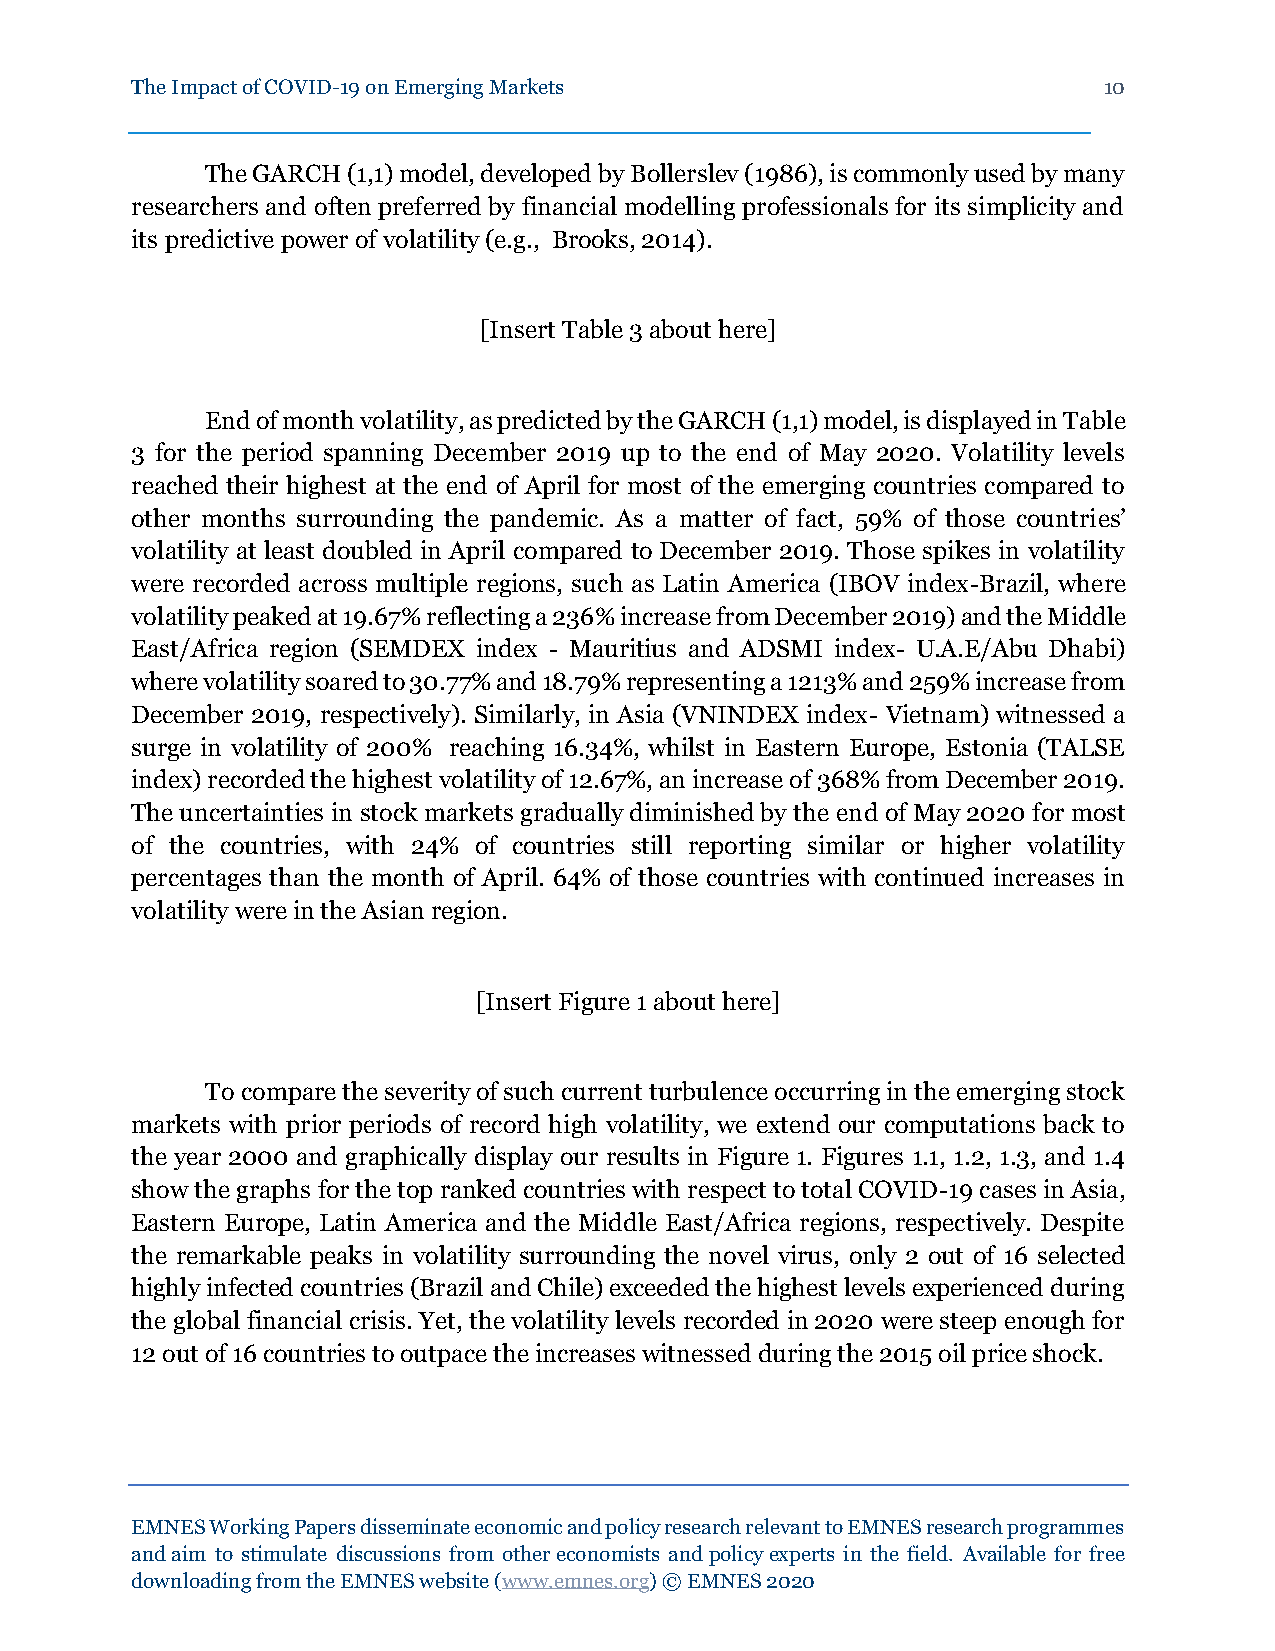
The Impact of COVID-19 on Emerging Markets                      10
 The GARCH (1,1) model, developed by Bollerslev (1986), is commonly used by many
 researchers and often preferred by financial modelling professionals for its simplicity and
 its predictive power of volatility (e.g., Brooks, 2014).
 [Insert Table 3 about here]
 End of month volatility, as predicted by the GARCH (1,1) model, is displayed in Table
 3 for the period spanning December 2019 up to the end of May 2020. Volatility levels
 reached their highest at the end of April for most of the emerging countries compared to
 other months surrounding the pandemic. As a matter of fact, 59% of those countries’
 volatility at least doubled in April compared to December 2019. Those spikes in volatility
 were recorded across multiple regions, such as Latin America (IBOV index-Brazil, where
 volatility peaked at 19.67% reflecting a 236% increase from December 2019) and the Middle
 East/Africa region (SEMDEX index - Mauritius and ADSMI index- U.A.E/Abu Dhabi)
 where volatility soared to 30.77% and 18.79% representing a 1213% and 259% increase from
 December 2019, respectively). Similarly, in Asia (VNINDEX index- Vietnam) witnessed a
 surge in volatility of 200% reaching 16.34%, whilst in Eastern Europe, Estonia (TALSE
 index) recorded the highest volatility of 12.67%, an increase of 368% from December 2019.
 The uncertainties in stock markets gradually diminished by the end of May 2020 for most
 of the countries, with 24% of countries still reporting similar or higher volatility
 percentages than the month of April. 64% of those countries with continued increases in
 volatility were in the Asian region.
 [Insert Figure 1 about here]
 To compare the severity of such current turbulence occurring in the emerging stock
 markets with prior periods of record high volatility, we extend our computations back to
 the year 2000 and graphically display our results in Figure 1. Figures 1.1, 1.2, 1.3, and 1.4
 show the graphs for the top ranked countries with respect to total COVID-19 cases in Asia,
 Eastern Europe, Latin America and the Middle East/Africa regions, respectively. Despite
 the remarkable peaks in volatility surrounding the novel virus, only 2 out of 16 selected
 highly infected countries (Brazil and Chile) exceeded the highest levels experienced during
 the global financial crisis. Yet, the volatility levels recorded in 2020 were steep enough for
 12 out of 16 countries to outpace the increases witnessed during the 2015 oil price shock.
 EMNES Working Papers disseminate economic and policy research relevant to EMNES research programmes
 and aim to stimulate discussions from other economists and policy experts in the field. Available for free
 downloading from the EMNES website (www.emnes.org) © EMNES 2020